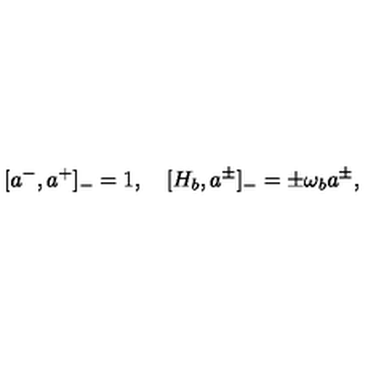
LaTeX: [ a ^ { - } , a ^ { + } ] _ { - } = 1 , \quad [ H _ { b } , a ^ { \pm } ] _ { - } = \pm \omega _ { b } a ^ { \pm } ,